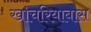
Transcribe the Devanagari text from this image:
खाचरियाबास